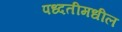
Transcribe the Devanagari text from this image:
पध्दतीमधील